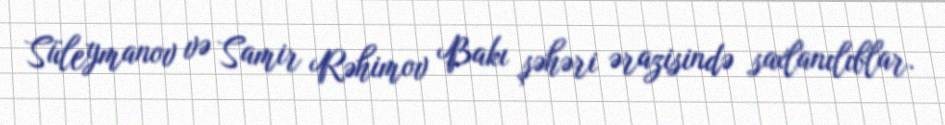
Süleymanov və Samir Rəhimov Bakı şəhəri ərazisində saxlanılıblar.